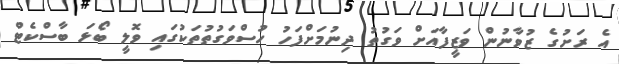
އެ ރަށުގެ ޒުވާނުން ވަޒީފާއަށް ވަގުތު ދިނުމަށްފަހު ހުސްވަގުތުތަކުގައި ވޮލީ ބޯޅަ ބާސްކެޓް